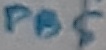
Text: PB5